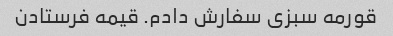
قورمه سبزی سفارش دادم. قیمه فرستادن